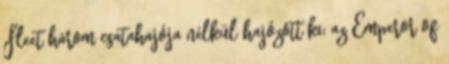
Fleet három csatahajója nélkül hajózott ki: az Emperor of